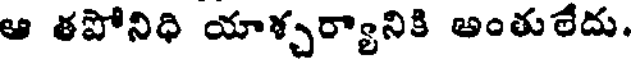
ఆ తపోనిధి యాశ్చర్యానికి అంతులేదు.